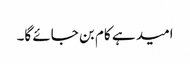
امید ہے کام بن جائے گا۔